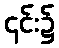
၎င်း၌